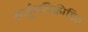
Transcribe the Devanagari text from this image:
शार्दुलविक्रीडित